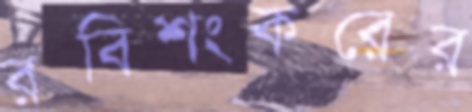
রবিশংকরের